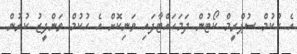
އެ ހުކުމް ސުޕްރީމް ކޯޓުން ދަމަހައްޓާފައި ވަނިކޮށް އެ ހުކުމް ތަންފީޒު ކުރުން